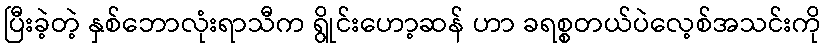
ပြီးခဲ့တဲ့ နှစ်ဘောလုံးရာသီက ရွိုင်းဟော့ဆန် ဟာ ခရစ္စတယ်ပဲလေ့စ်အသင်းကို